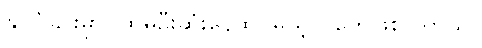
နိုင်ငံခြားမှာပထမဦးဆုံးနေထိုင်မယ့်လူတွေဖြစ်ပါတယ်။